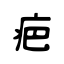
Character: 疤